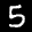
Label: 5